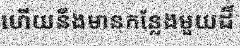
ហើយនឹងមានកន្លែងមួយដ៏